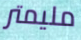
مليمتر